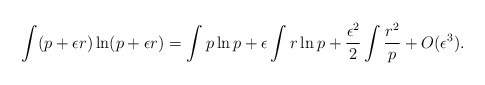
\begin{align*}\int (p+\epsilon r)\ln(p+\epsilon r)=\int p\ln p+\epsilon\int r\ln p+\frac{\epsilon^2}{2}\int\frac{r^2}{p}+O(\epsilon^3).\end{align*}